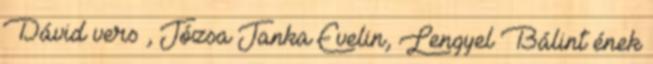
Dávid vers , Józsa Janka Evelin, Lengyel Bálint ének